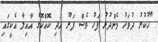
"ހުކުރު ދުވަހު މެންދުރު ފަހު ވެސް ފަރޫ އަދި ކޮއްކޮގެ އާއިލާ އެކީގައި